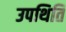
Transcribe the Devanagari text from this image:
उपथिति